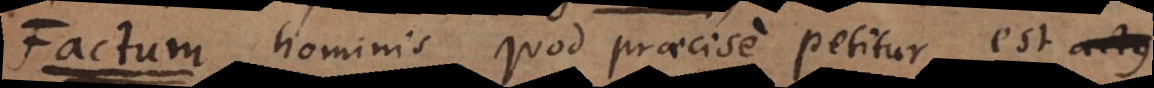
F hominis quod praecise petitur est actus